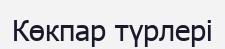
Көкпар түрлері